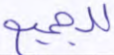
للجميع